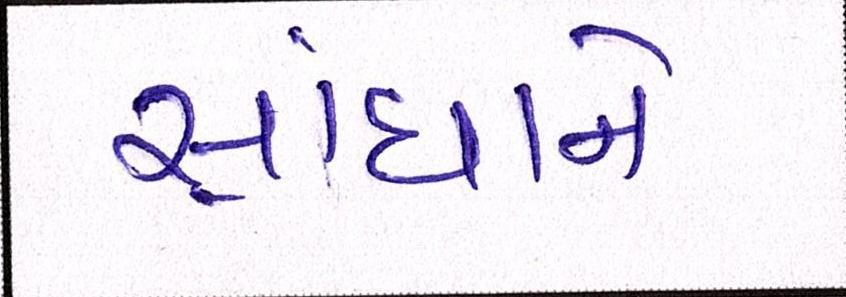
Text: સાંધાને